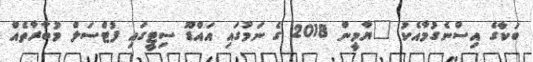
ބަކާގެ އިސްނެގުމާއެކު "ޔާމީން 2018 ގެ ނަމުގައި އައްޑޫ ސިޓީގައި ފުޓްސަލް މުބާރާތެއް